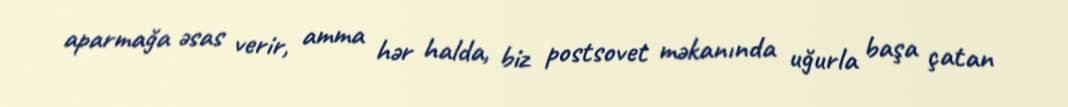
aparmağa əsas verir, amma hər halda, biz postsovet məkanında uğurla başa çatan